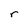
Character: r